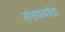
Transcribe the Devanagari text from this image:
संशयच्छेत्ता